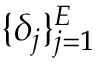
\{ \delta _ { j } \} _ { j = 1 } ^ { E }